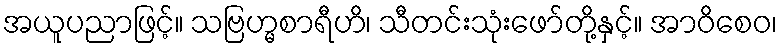
အယူပညာဖြင့်။ သဗြဟ္မစာရီဟိ၊ သီတင်းသုံးဖော်တို့နှင့်။ အာဝိစေဝ၊